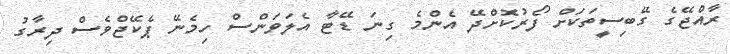
ރާއްޖޭގެ ގޭބިސީތަކަށް ފޯރުކޮށްދޭ އެންމެ ގިނަ ޑޭޓާ އެލަވަންސް ހިމެނޭ ޕެކޭޖްވެސް ދިރާގު